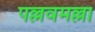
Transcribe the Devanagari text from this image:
पल्लवमल्ला